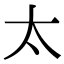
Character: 太